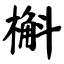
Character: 槲